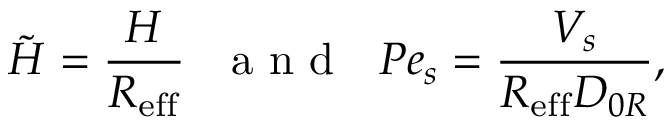
\tilde { H } = \frac { H } { R _ { \mathrm { e f f } } } \, \, \ \mathrm { ~ a ~ n ~ d ~ } \, \, \ P e _ { s } = \frac { V _ { s } } { R _ { \mathrm { e f f } } D _ { 0 R } } ,